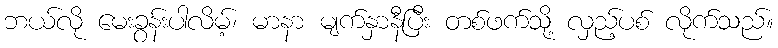
ဘယ်လို မေးခွန်းပါလိမ့်၊ မာနာ မျက်နှာနီပြီး တစ်ဖက်သို့ လှည့်ပစ် လိုက်သည်။